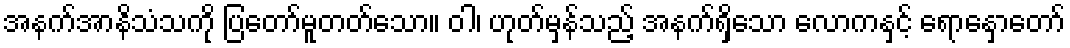
အနက်အာနိသံသကို ပြတော်မူတတ်သော။ ဝါ၊ ဟုတ်မှန်သည့် အနက်ရှိသော လောကနှင့် ရောနှောတော်